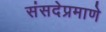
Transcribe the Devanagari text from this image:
संसदेप्रमाणे